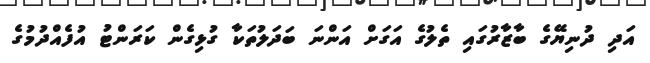
އަދި ދުނިޔޭގެ ބާޒާރުގައި ތެލުގެ އަގަށް އަންނަ ބަދަލުތަކާ ގުޅިގެން ކަރަންޓު އުފެއްދުމުގެ